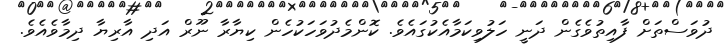
ދުވަސްތަށް ފާއިތުވެގެން ދަނީ ހަލުވިކަމާއެކުގައެވެ. ކޮންމެދުވަހަކުހެން ކިޔާރާ ނޫރް އަދި އާރިޔާ ދިމާވެއެވެ.